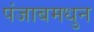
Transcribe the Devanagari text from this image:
पंजाबमधुन